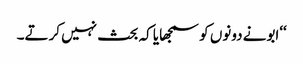
‘‘ابونے دونوں کو سمجھایا کہ بحث نہیں کرتے۔